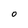
Character: O